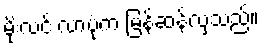
မိုးလင်းလာပုံက မြန်ဆန်လှသည်။